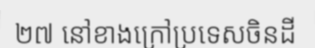
២៧ នៅខាងក្រៅប្រទេសចិនដី